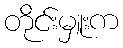
တိုင်းမှူးက